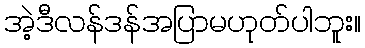
အဲ့ဒီလန်ဒန်အပြာမဟုတ်ပါဘူး။